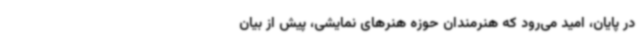
در پایان، امید می‌رود که هنرمندان حوزه هنرهای نمایشی، پیش از بیان